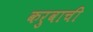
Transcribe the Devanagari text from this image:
करुवाची